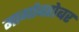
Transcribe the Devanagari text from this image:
मार्गाबरोबर